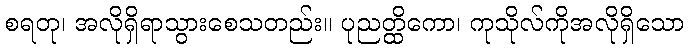
စရတု၊ အလိုရှိရာသွားစေသတည်း။ ပုညတ္ထိကော၊ ကုသိုလ်ကိုအလိုရှိသော